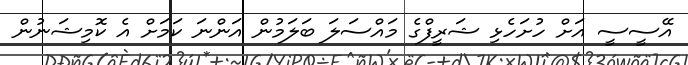
އޭސީސީ އަށް ހުށަހެޅި ޝަރީފްގެ މައްސަލަ ބަލަމުން އަންނަ ކަމަށް އެ ކޮމިޝަނުން